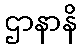
ဌာနာနိ